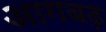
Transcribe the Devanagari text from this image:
आगबढ़